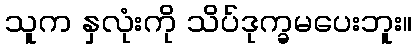
သူက နှလုံးကို သိပ်ဒုက္ခမပေးဘူး။